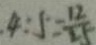
. 4 : 5 = \frac { 1 2 } { 2 5 }